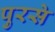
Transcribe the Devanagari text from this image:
पुरसे